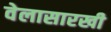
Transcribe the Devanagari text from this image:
वेलासारखी